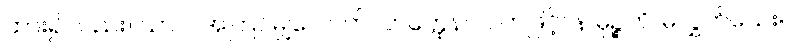
ထား၍လည်း။ ယာဝ၊ အကြင်မျှလောက်။ ဟတ္ထေန၊ လက်ဖြင့်။ န မုဉ္စတိ၊ မလွှတ်သေး။